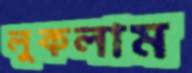
লুকলাম